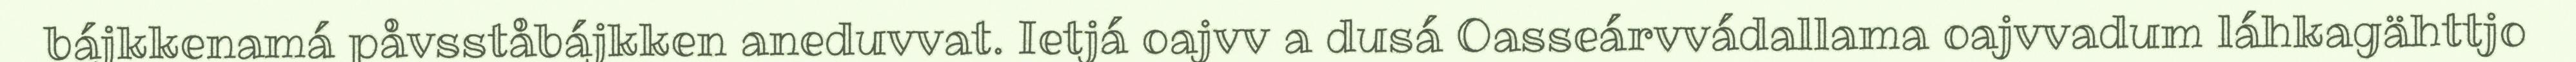
bájkkenamá påvsståbájkken aneduvvat. Ietjá oajvv a dusá Oasseárvvádallama oajvvadum láhkagähttjo